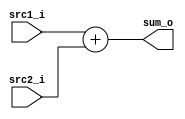
`ifndef  ADDER_V
`define  ADDER_V

module Adder(
    src1_i,
	src2_i,
	sum_o
	);
    input  [32-1:0]  src1_i;
    input  [32-1:0]	 src2_i;
    output [32-1:0]	 sum_o;

    //Internal Signals
    wire    [32-1:0]	 sum_o;

    assign sum_o = (src1_i + src2_i);

endmodule

`endif// ADDER_V